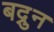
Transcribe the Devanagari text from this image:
बद्रुन